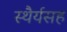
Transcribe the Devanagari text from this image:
स्थैर्यसह